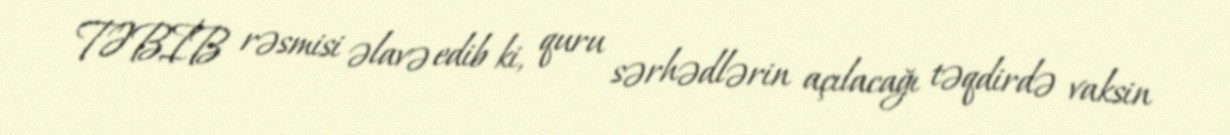
TƏBİB rəsmisi əlavə edib ki, quru sərhədlərin açılacağı təqdirdə vaksin